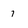
Character: 7